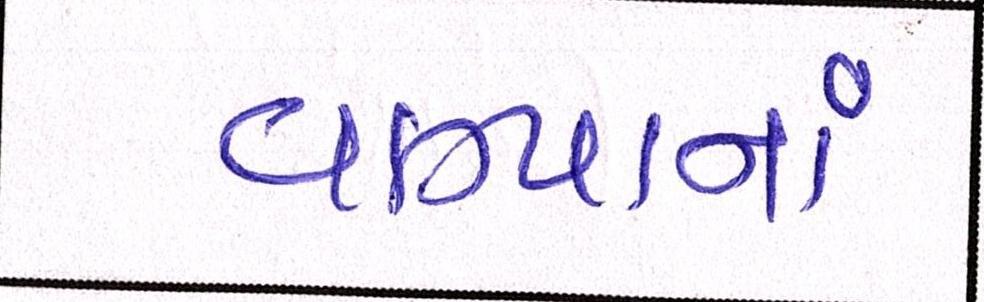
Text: વાગ્યાનાં